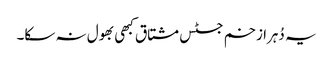
یہ دُہرا زخم جسٹس مشتاق کبھی بھول نہ سکا۔